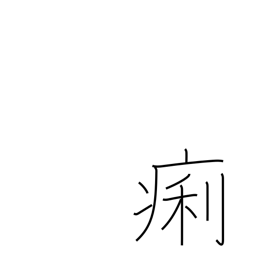
Meaning: diarrhea